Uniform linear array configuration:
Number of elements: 16
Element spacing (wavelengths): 0.75
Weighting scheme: cosine
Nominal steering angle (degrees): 0
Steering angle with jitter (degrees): -0.3684
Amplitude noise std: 0.05
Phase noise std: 0.05

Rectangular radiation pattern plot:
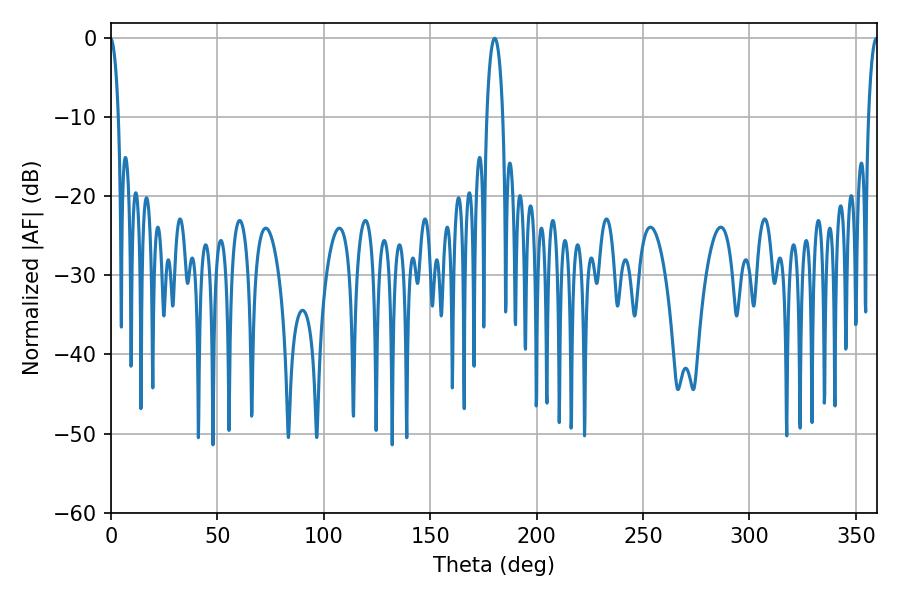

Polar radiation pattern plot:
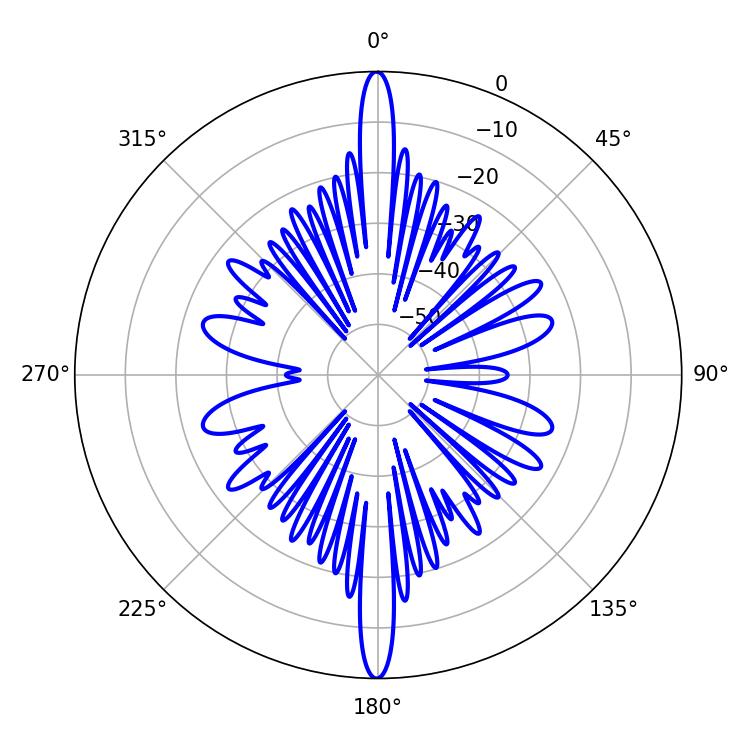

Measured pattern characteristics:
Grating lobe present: TRUE
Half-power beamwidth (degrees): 4.32
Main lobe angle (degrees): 180.36